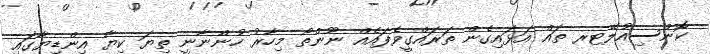
ކޮންސިއުލޭޓރ ތައް އަޅައިގެން ތަރައްގީވެފައެއް ނޫންތޯ މިހާރު ހުންނާނީ ތިޔަ ކިޔާ އިންޑިޔާގައި